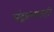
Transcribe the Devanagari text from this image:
चंद्रप्रभावटी